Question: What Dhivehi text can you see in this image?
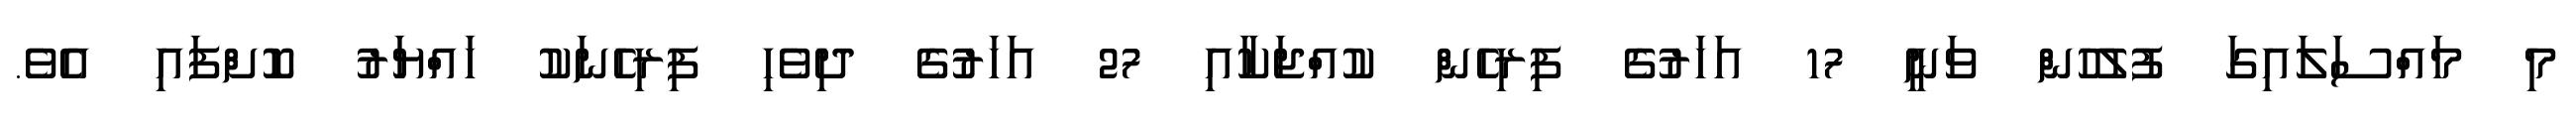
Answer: މި މައްސަލައިގަ ފުލުހުން ވަނީ 17 އަހަރުގެ ފިރިހެން ކުއްޖަކާއި 27 އަހަރުގެ ދިވެހި ފިރިހެނަކު ހައްޔަރު ކޮށްފައި އެވެ.